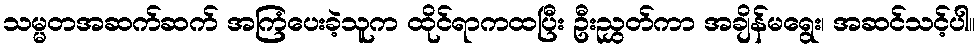
သမ္မတအဆက်ဆက် အကြံပေးခဲ့သူက ထိုင်ရာကထပြီး ဦးညွှတ်ကာ အချိန်မရွေး၊ အဆင်သင့်ပါ။